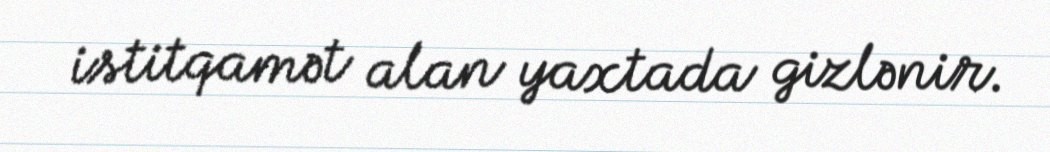
istitqamət alan yaxtada gizlənir.